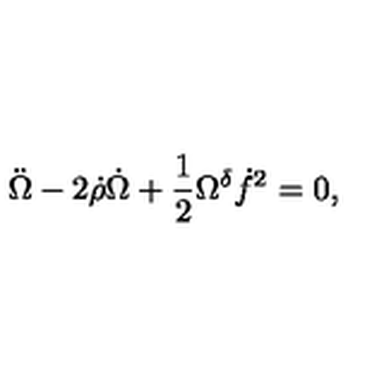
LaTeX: \ddot { \Omega } - 2 \dot { \rho } \dot { \Omega } + \frac { 1 } { 2 } \Omega ^ { \delta } \dot { f } ^ { 2 } = 0 ,